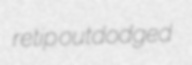
retip outdodged